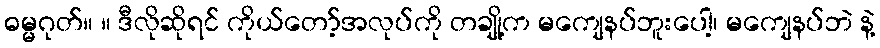
ဓမ္မဂုတ်။ ။ ဒီလိုဆိုရင် ကိုယ်တော့်အလုပ်ကို တချို့က မကျေနပ်ဘူးပေါ့၊ မကျေနပ်ဘဲ နဲ့